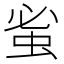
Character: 𮔀